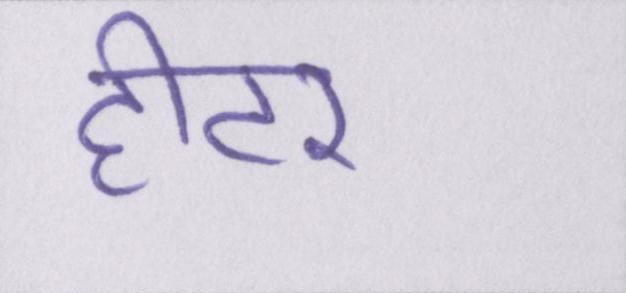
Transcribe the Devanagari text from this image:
हीटर